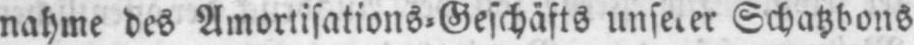
Schatzbons